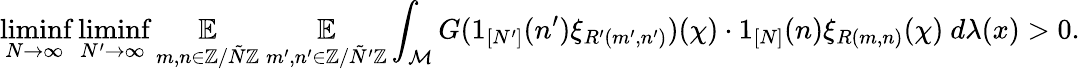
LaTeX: \operatorname*{liminf}_{N\rightarrow\infty}\operatorname*{liminf}_{N^{\prime}\rightarrow\infty}\underset{m,n\in\mathbb{Z}/\tilde{N}\mathbb{Z}}{\mathbb{E}}~\underset{m^{\prime},n^{\prime}\in\mathbb{Z}/\tilde{N}^{\prime}\mathbb{Z}}{\mathbb{E}}\int_{\mathcal{M}}G(1_{[N^{\prime}]}(n^{\prime})\xi_{R^{\prime}(m^{\prime},n^{\prime})})(\chi)\cdot 1_{[N]}(n)\xi_{R(m,n)}(\chi)~d\lambda(x)>0.